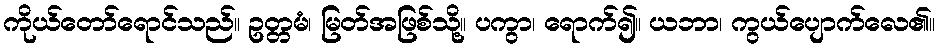
ကိုယ်တော်ရောင်သည်။ ဥတ္တမံ၊ မြတ်အဖြစ်သို့။ ပကွာ၊ ရောက်၍။ ယဘာ၊ ကွယ်ပျောက်လေ၏။